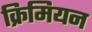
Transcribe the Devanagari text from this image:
क्रिमियन